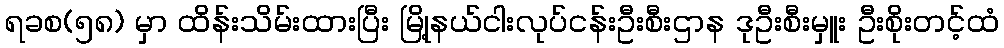
ရခစ(၅၈) မှာ ထိန်းသိမ်းထားပြီး မြို့နယ်ငါးလုပ်ငန်းဦးစီးဌာန ဒုဦးစီးမှူး ဦးစိုးတင့်ထံ